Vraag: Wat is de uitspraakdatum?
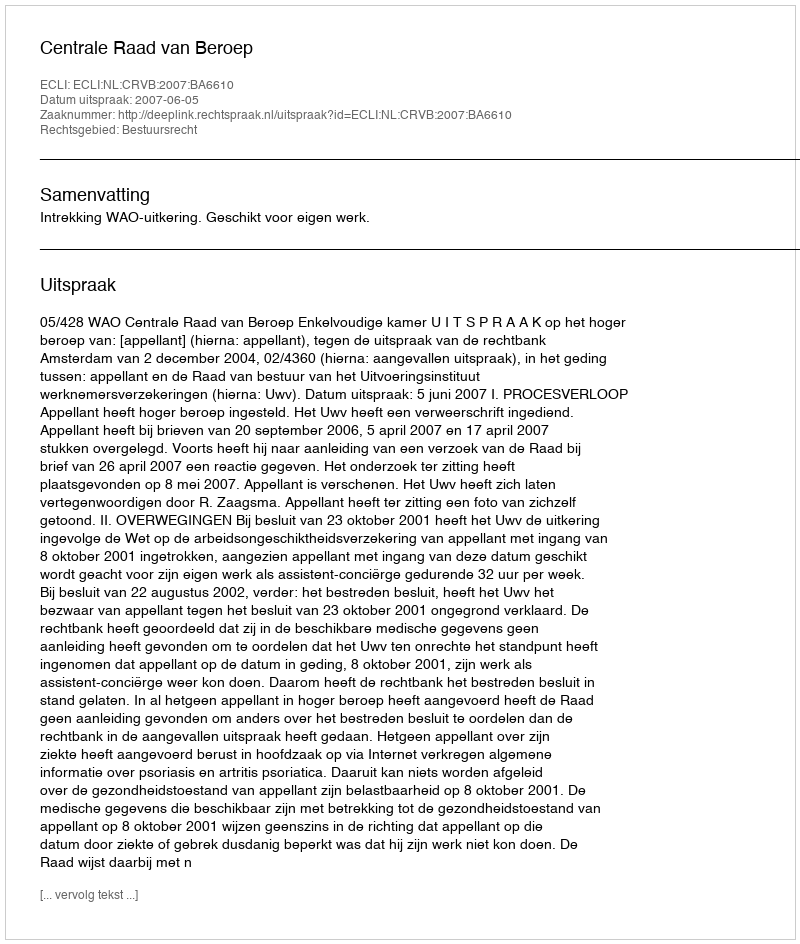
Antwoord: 2007-06-05